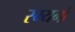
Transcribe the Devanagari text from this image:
स्म्यर्ना